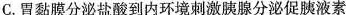
C.胃黏膜分泌盐酸到内环境刺激胰腺分泌促胰液素